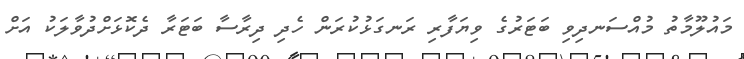
މައުލޫމާތު މުއްސަނދިވި ބަޓަރުގެ ވިޔަފާރި ރަނގަޅުކުރަން ހެދި ދިރާސާ ބަޓަރާ ދެކޮޅަށްދުވާލަކު އަށް